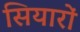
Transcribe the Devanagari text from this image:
सियारों